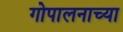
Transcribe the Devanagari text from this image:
गोपालनाच्या